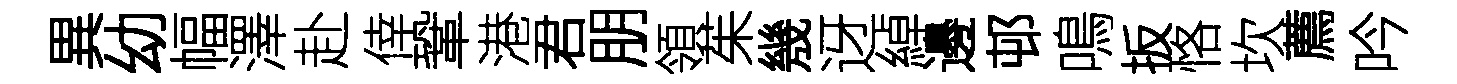
異幼幅澤赴倖鞏港君朋領茱㡬迓綽邊邨鳴扳恪坎薦吟